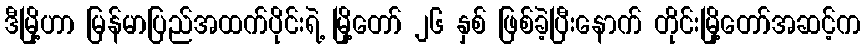
ဒီမြို့ဟာ မြန်မာပြည်အထက်ပိုင်းရဲ့ မြို့တော် ၂၆ နှစ် ဖြစ်ခဲ့ပြီးနောက် တိုင်းမြို့တော်အဆင့်က